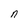
Character: n